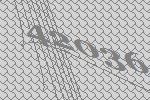
42036